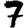
Digit: 7